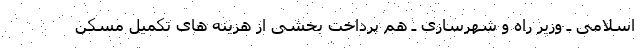
اسلامی ـ وزیر راه و شهرسازی ـ هم پرداخت بخشی از هزینه های تکمیل مسکن